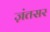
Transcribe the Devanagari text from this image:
ज़ंतसर